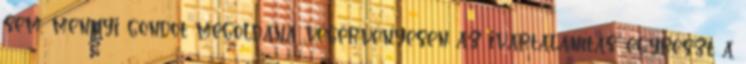
sem, mennyi gondot megoldana végérvényesen az ivartalanítás: egyrészt a